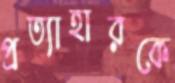
প্রত্যাহারকে